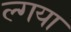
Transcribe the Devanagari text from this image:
ल्गया